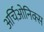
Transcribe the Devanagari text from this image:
अर्चिओनिक्स